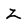
Character: Z